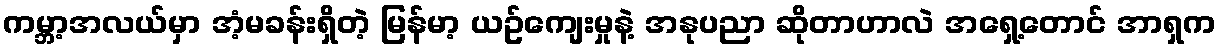
ကမ္ဘာ့အလယ်မှာ အံ့မခန်းရှိတဲ့ မြန်မာ့ ယဥ်ကျေးမှုနဲ့ အနုပညာ ဆိုတာဟာလဲ အရှေ့တောင် အာရှက